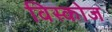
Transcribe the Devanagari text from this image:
विस्कोज